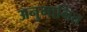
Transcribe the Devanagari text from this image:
अनुमानित